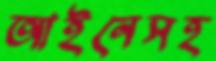
আইনেসহ